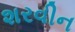
શરવીન